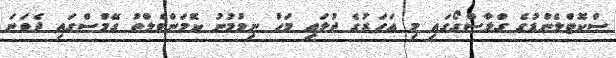
ސްކޮޓްލެންޑުގެ ގްލާސްގޯގައި މި އަހަރުގެ ޖުލައި މަހު ނިމުމުނު ކޮމަންވެލްތު ގޭމްސްގައި ދެވަނަ